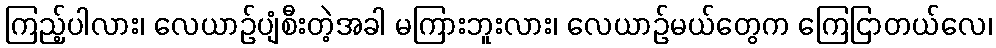
ကြည့်ပါလား၊ လေယာဉ်ပျံစီးတဲ့အခါ မကြားဘူးလား၊ လေယာဉ်မယ်တွေက ကြေငြာတယ်လေ၊